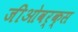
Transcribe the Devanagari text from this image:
जीओवर्क्स